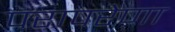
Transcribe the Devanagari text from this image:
परापरेणा